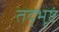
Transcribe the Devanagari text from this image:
तद्भृष्टं